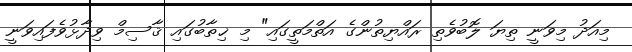
މިއަދު މިވަނީ ތިޔަ ލޮބުވެތި ރައްޔިތުންގެ އަތްމަތީގައި" މި ޚިތާބުގައި ޤާސިމް ވިދާޅުވެފައިވަނީ